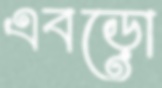
এবড়ো